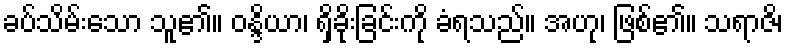
ခပ်သိမ်းသော သူ၏။ ဝန္ဒိယာ၊ ရှိခိုးခြင်းကို ခံရသည်။ အဟု၊ ဖြစ်၏။ သရာဇိ၊